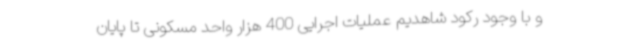
و با وجود رکود شاهدیم عملیات اجرایی 400 هزار واحد مسکونی تا پایان